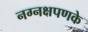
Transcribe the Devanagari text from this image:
नग्नक्षपणके